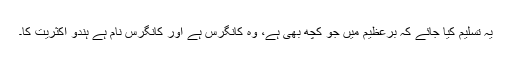
یہ تسلیم کیا جائے کہ برِعظیم میں جو کچھ بھی ہے، وہ کانگرس ہے اور کانگرس نام ہے ہندو اکثریت کا۔